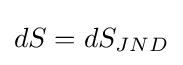
dS=dS_{JND}